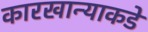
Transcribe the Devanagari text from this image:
कारखान्याकडे